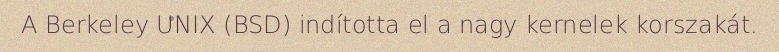
A Berkeley UNIX (BSD) indította el a nagy kernelek korszakát.